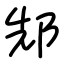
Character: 䢾